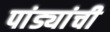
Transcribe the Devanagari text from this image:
पांड्यांची